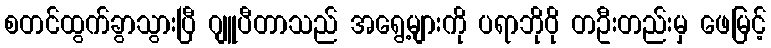
စတင်ထွက်ခွာသွားပြီ ဂျူပီတာသည် အရွေ့များကို ပရာဘိုဝို တဦးတည်းမှ ဖေမြင့်